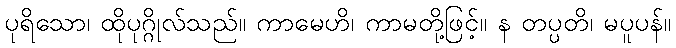
ပုရိသော၊ ထိုပုဂ္ဂိုလ်သည်။ ကာမေဟိ၊ ကာမတို့ဖြင့်။ န တပ္ပတိ၊ မပူပန်။